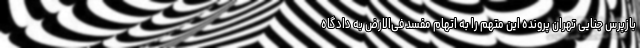
بازپرس جنایی تهران پرونده این متهم را به اتهام مفسد فی‌الارض به دادگاه